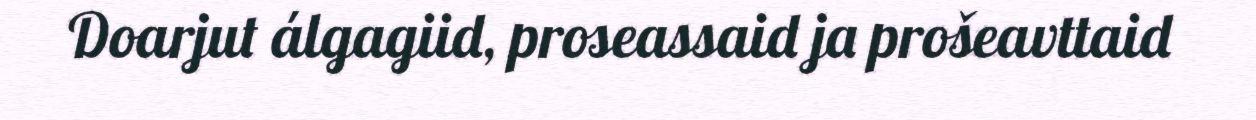
Doarjut álgagiid, proseassaid ja prošeavttaid